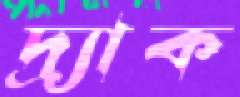
দ্র্যাক